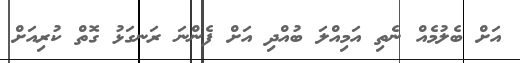
އަށް ބެލުމެއް ނެތި އަމިއްލަ ބުއްދި އަށް ފެންނަ ރަނގަޅު ގޮތް ކުރިއަށް